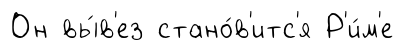
Он вы́в'ез стано́в'итс'я Р'и́м'е